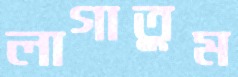
লাগাতুম